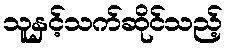
သူနှင့်သက်ဆိုင်သည့်